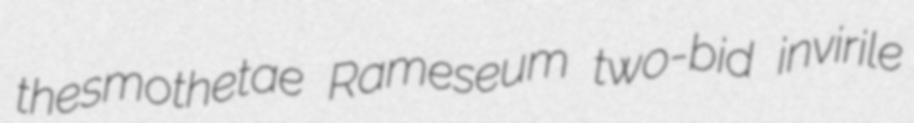
thesmothetae Rameseum two-bid invirile